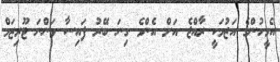
އެމީހުންގެ އަޒުމަކީ ރާއްޖެ އަށް އެންމެ ގިނަ ބޭރު ފައިސާ ވަންނަ ޓޫރިޒަމް